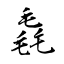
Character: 毳